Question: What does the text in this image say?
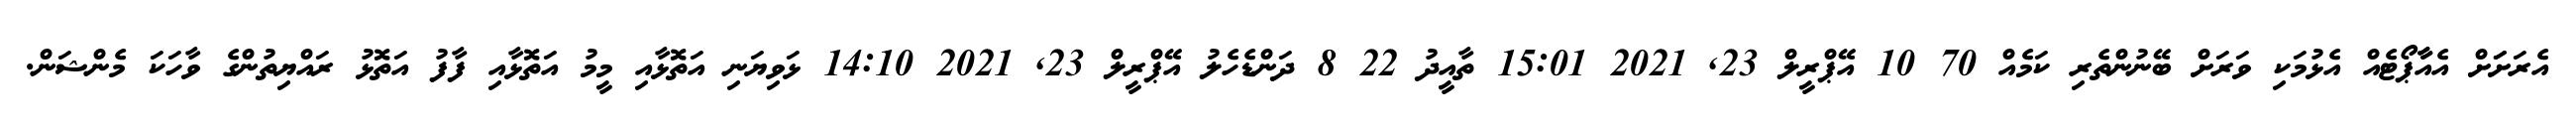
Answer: އެރަށަަށް އެއާާޕޯޓެއް އެޅުމަކި ވަރަށް ބޭނުންތެރި ކަމެއް 70 10 އޭޕްރީލް 23, 2021 15:01 ތާއީދު 22 8 ދަންޑެހެލު އޭޕްރީލް 23, 2021 14:10 ޅަވިޔަނި އަތޮޅާއި މީމު އަތޮޅާއި ފާފު އަތޮޅު ރައްޔިތުންގެ ވާހަކަ މެންޝަން.